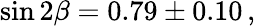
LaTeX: \sin 2\beta=0.79\pm 0.10\, ,